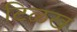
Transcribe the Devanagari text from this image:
टिळख